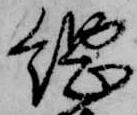
綱